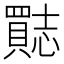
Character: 𮚣